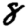
Digit: 8